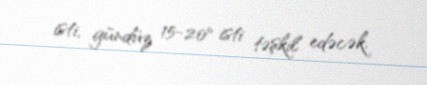
isti, gündüz 15-20° isti təşkil edəcək.